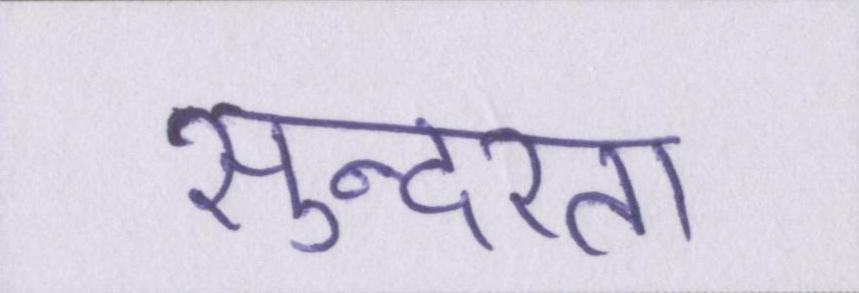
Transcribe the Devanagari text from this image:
सुन्दरता